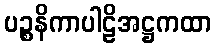
ပဉ္စနိကာပါဠိအဋ္ဌကထာ